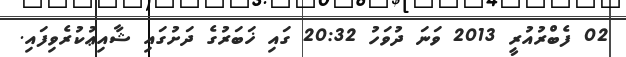
02 ފެބްރުއުރީ 2013 ވަނަ ދުވަހު 20:32 ގައި ޚަބަރުގެ ދަށުގައި ޝާއިޢުކުރެވިފައި.